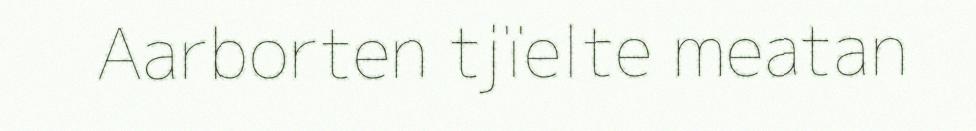
Aarborten tjïelte meatan